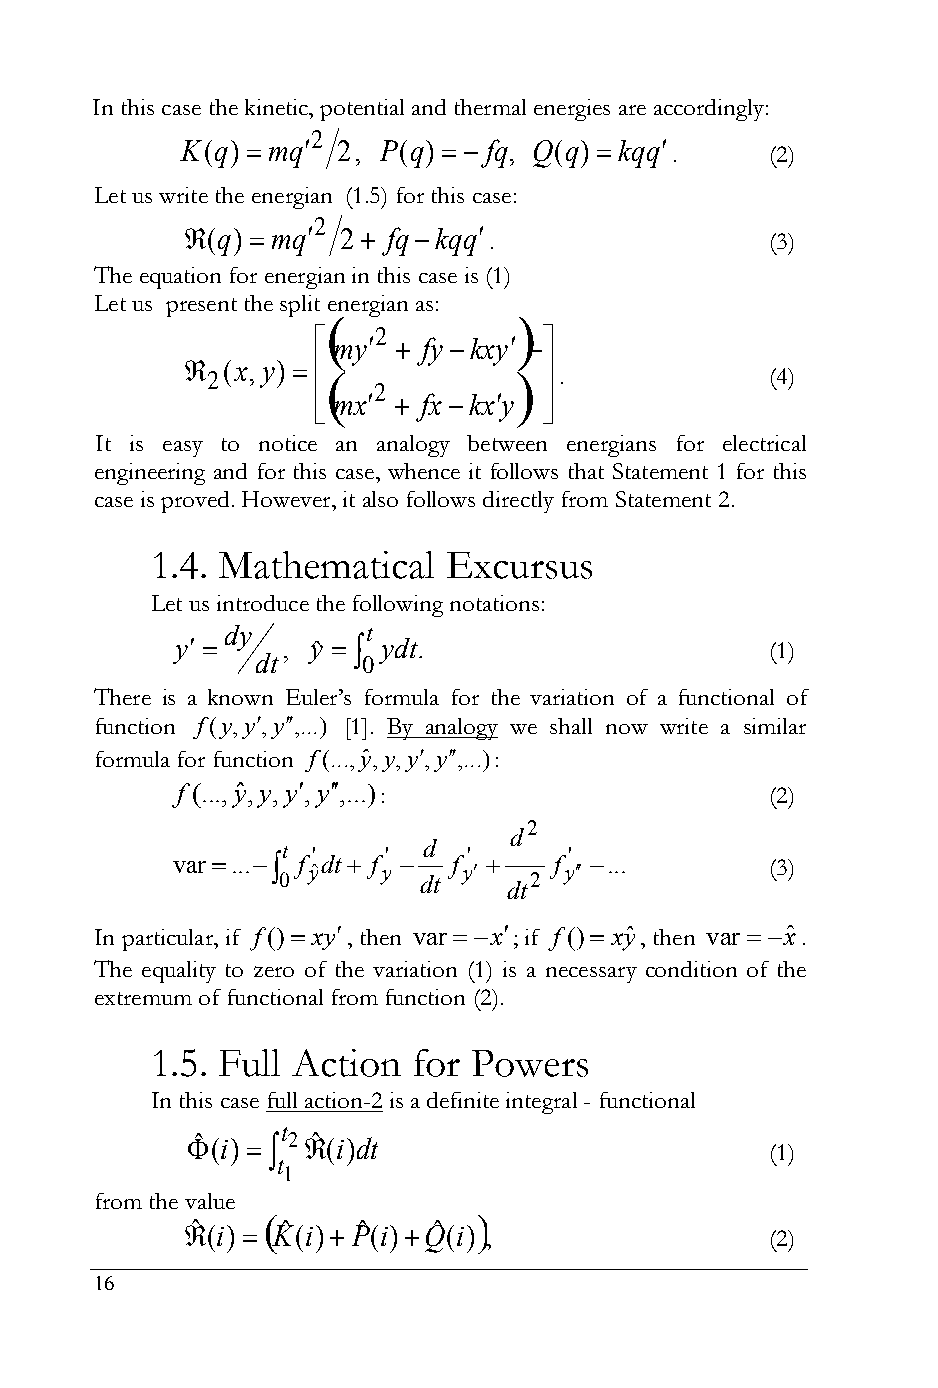
In this case the kinetic, potential and thermal energies are accordingly:
 2
 K(q)  mq 2, P(q)   fq, Q(q)  kqq
 .      (2)
 Let us write the energian (1.5) for this case:
 2
 (q)  mq 2 fqkqq .                (3)
 The equation for energian in this case is (1)
 Let us present the split energian as:
            
  my2  fykxy 
   (x,y)              
 2                    .             (4)
 2
  mx  fxkxy 
               
 It is easy to notice an analogy between energians for electrical
 engineering and for this case, whence it follows that Statement 1 for this
 case is proved. However, it also follows directly from Statement 2.
 1.4. Mathematical  Excursus
 Let us introduce the following notations:
 dy       t
 y    , yˆ   ydt.                   (1)
 dt     0
 There is a known Euler’s formula for the variation of a functional of
 function f(y,y,y,...) [1]. By analogy we shall now write a similar
 formula for function f(...,yˆ,y,y,y,...):
 f (...,yˆ,y,y,y,...):               (2)
 2
 d
 t '   '  d  '      '
 var ... f yˆdt f y  f y  f y ... (3)
 0         dt    dt2
 In particular, if f() xy, then var  x; if f() xyˆ, then var  xˆ.
 The equality to zero of the variation (1) is a necessary condition of the
 extremum of functional from function (2).
 1.5. Full Action for Powers
 In this case full action-2 is a definite integral - functional
 t
 ˆ (i)   2ˆ(i)dt                    (1)
 t
 1
 from the value
 ˆ(i)   Kˆ(i) Pˆ(i)Qˆ(i) ,        (2)
 16